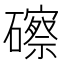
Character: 䃰